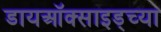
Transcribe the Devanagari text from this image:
डायऑक्साइड्च्या